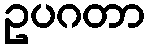
ဥပဂတာ